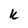
Character: k